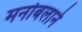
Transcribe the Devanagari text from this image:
मनोबलाने